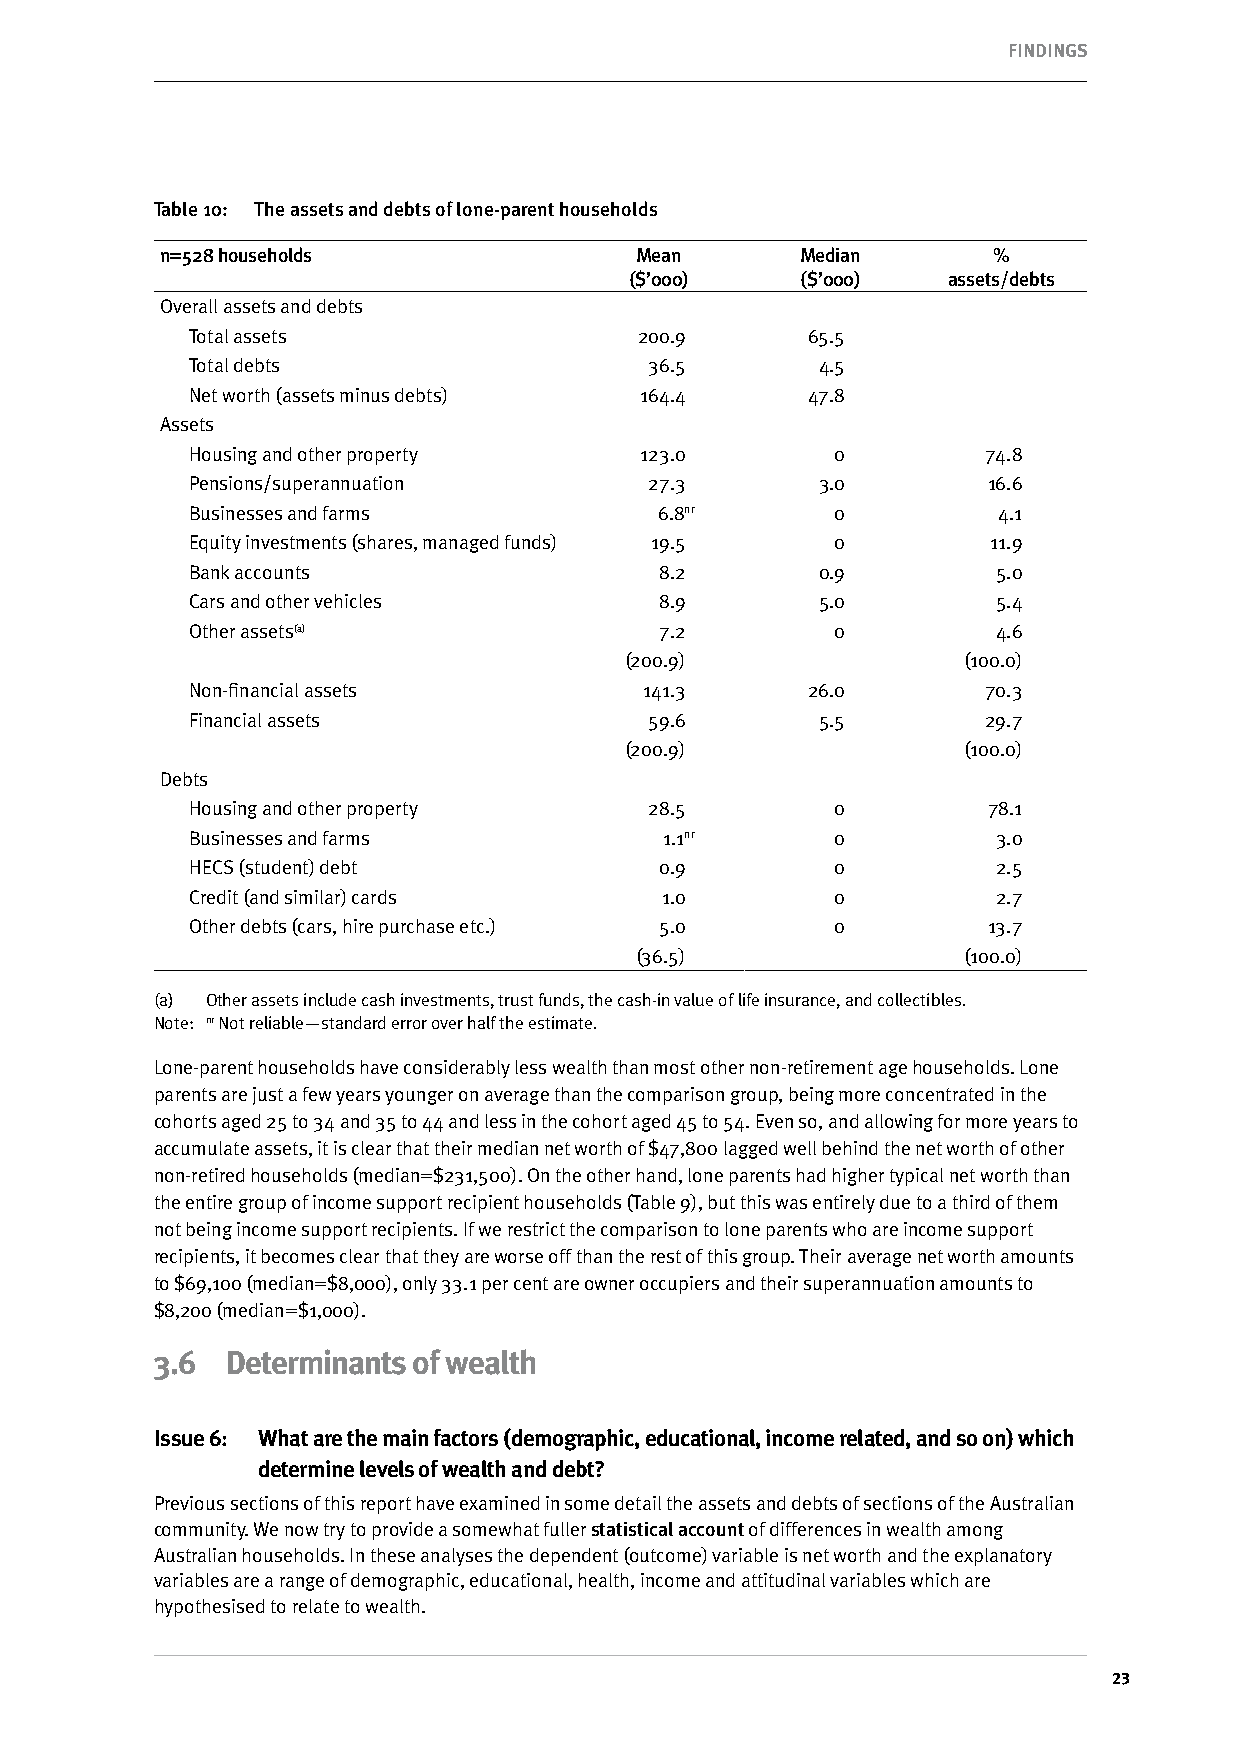
FINDINgS
 Table 10: The assets and debts of lone-parent households
 n=528 households               Mean       Median       %
 ($’000)    ($’000)   assets/debts
 Overall assets and debts
 Total assets                  200.9      65.5
 Total debts                    36.5       4.5
 Net worth (assets minus debts) 164.4     47.8
 Assets
 Housing and other property    123.0        0         74.8
 Pensions/superannuation        27.3       3.0        16.6
 Businesses and farms            6.8nr      0          4.1
 Equity investments (shares, managed funds) 19.5 0     11.9
 Bank accounts                   8.2       0.9         5.0
 Cars and other vehicles         8.9       5.0         5.4
 Other assets(a)                 7.2        0          4.6
 (200.9)                (100.0)
 Non-financial assets           141.3     26.0        70.3
 Financial assets               59.6       5.5        29.7
 (200.9)                (100.0)
 Debts
 Housing and other property     28.5        0         78.1
 Businesses and farms            1.1nr      0          3.0
 HECS (student) debt             0.9        0          2.5
 Credit (and similar) cards      1.0        0          2.7
 Other debts (cars, hire purchase etc.) 5.0 0         13.7
 (36.5)                (100.0)
 (a) Other assets include cash investments, trust funds, the cash-in value of life insurance, and collectibles.
 Note: nr Not reliable—standard error over half the estimate.
 Lone-parent households have considerably less wealth than most other non-retirement age households. Lone
 parents are just a few years younger on average than the comparison group, being more concentrated in the
 cohorts aged 25 to 34 and 35 to 44 and less in the cohort aged 45 to 54. Even so, and allowing for more years to
 accumulate assets, it is clear that their median net worth of $47,800 lagged well behind the net worth of other
 non-retired households (median=$231,500). On the other hand, lone parents had higher typical net worth than
 the entire group of income support recipient households (Table 9), but this was entirely due to a third of them
 not being income support recipients. If we restrict the comparison to lone parents who are income support
 recipients, it becomes clear that they are worse off than the rest of this group. Their average net worth amounts
 to $69,100 (median=$8,000), only 33.1 per cent are owner occupiers and their superannuation amounts to
 $8,200 (median=$1,000).
 3.6  Determinants of wealth
 Issue 6: what are the main factors (demographic, educational, income related, and so on) which
 determine levels of wealth and debt?
 Previous sections of this report have examined in some detail the assets and debts of sections of the Australian
 community. We now try to provide a somewhat fuller statistical account of differences in wealth among
 Australian households. In these analyses the dependent (outcome) variable is net worth and the explanatory
 variables are a range of demographic, educational, health, income and attitudinal variables which are
 hypothesised to relate to wealth.
 